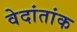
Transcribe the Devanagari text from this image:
वेदांतांक